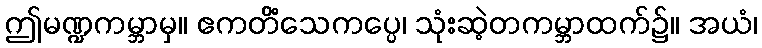
ဤမဏ္ဍကမ္ဘာမှ။ ဧကတိံသေကပ္ပေ၊ သုံးဆဲ့တကမ္ဘာထက်၌။ အယံ၊